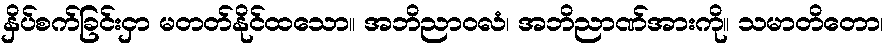
နှိပ်စက်ခြင်းငှာ မတတ်နိုင်ထသော။ အဘိညာဝလံ၊ အဘိညာဏ်အားကို။ သမာတိတော၊